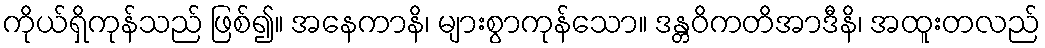
ကိုယ်ရှိကုန်သည် ဖြစ်၍။ အနေကာနိ၊ များစွာကုန်သော။ ဒန္တဝိကတိအာဒီနိ၊ အထူးတလည်